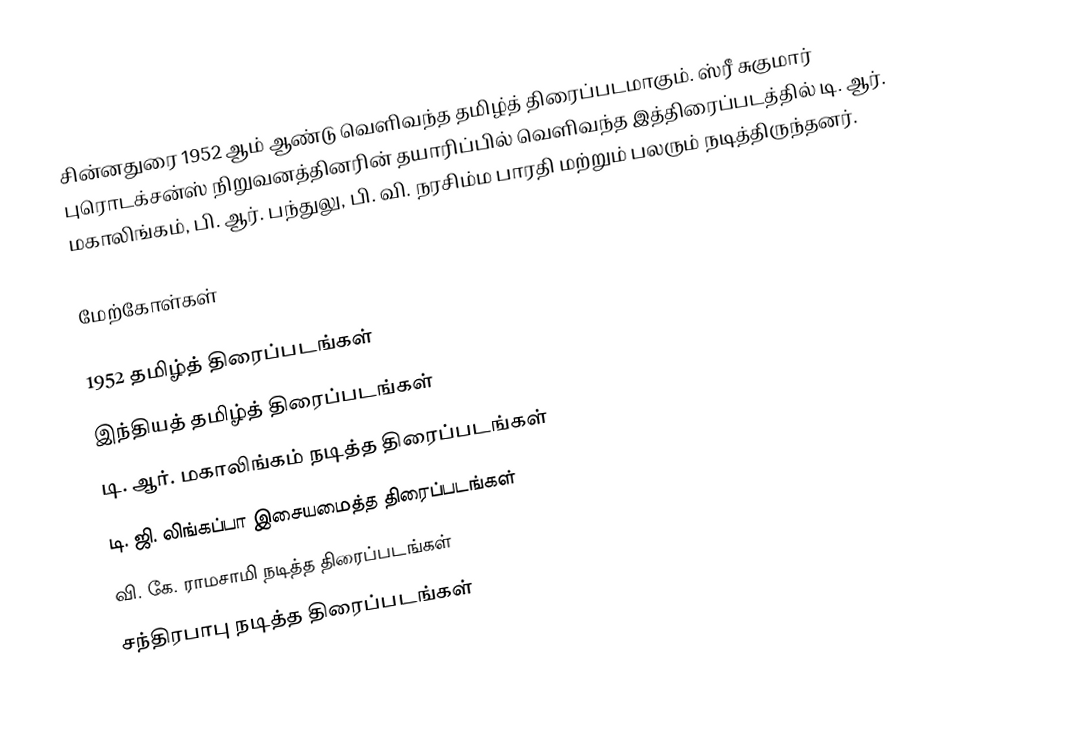
சின்னதுரை 1952 ஆம் ஆண்டு வெளிவந்த தமிழ்த் திரைப்படமாகும். ஸ்ரீ சுகுமார் புரொடக்சன்ஸ் நிறுவனத்தினரின் தயாரிப்பில் வெளிவந்த இத்திரைப்படத்தில் டி. ஆர். மகாலிங்கம், பி. ஆர். பந்துலு, பி. வி. நரசிம்ம பாரதி மற்றும் பலரும் நடித்திருந்தனர்.

மேற்கோள்கள்

1952 தமிழ்த் திரைப்படங்கள்
இந்தியத் தமிழ்த் திரைப்படங்கள்
டி. ஆர். மகாலிங்கம் நடித்த திரைப்படங்கள்
டி. ஜி. லிங்கப்பா இசையமைத்த திரைப்படங்கள்
வி. கே. ராமசாமி நடித்த திரைப்படங்கள்
சந்திரபாபு நடித்த திரைப்படங்கள்